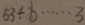
5 3 \div b \cdots 3